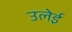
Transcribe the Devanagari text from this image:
उलेई